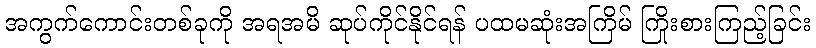
အကွက်ကောင်းတစ်ခုကို အရအမိ ဆုပ်ကိုင်နိုင်ရန် ပထမဆုံးအကြိမ် ကြိုးစားကြည့်ခြင်း